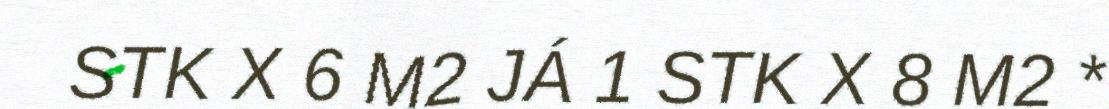
STK X 6 M2 JÁ 1 STK X 8 M2 *